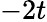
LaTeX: -2t